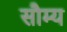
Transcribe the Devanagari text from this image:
सौम्‍य